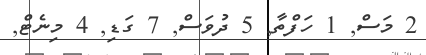
2 މަސް